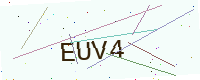
Text: EUV4